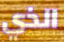
الذي